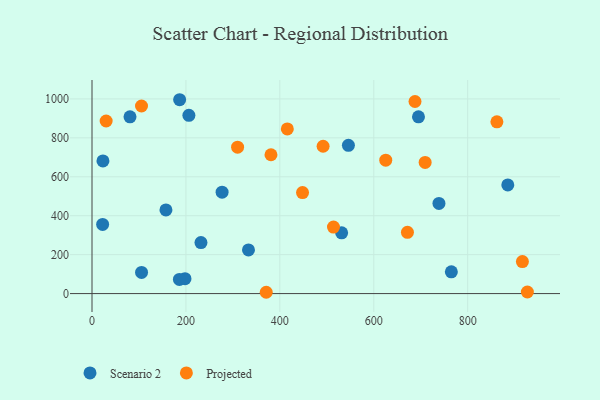
{"axis": {"x": "Distance", "y": "Exam Score"}, "legend": ["Projected", "Scenario 2"], "data": [{"x": "80.9", "y": 907.8, "type": "Scenario 2"}, {"x": "738.8", "y": 463.2, "type": "Scenario 2"}, {"x": "277.0", "y": 521.1, "type": "Scenario 2"}, {"x": "531.6", "y": 311.9, "type": "Scenario 2"}, {"x": "157.4", "y": 429.5, "type": "Scenario 2"}, {"x": "198.0", "y": 76.6, "type": "Scenario 2"}, {"x": "206.3", "y": 915.9, "type": "Scenario 2"}, {"x": "885.4", "y": 558.0, "type": "Scenario 2"}, {"x": "232.0", "y": 261.8, "type": "Scenario 2"}, {"x": "186.6", "y": 995.8, "type": "Scenario 2"}, {"x": "546.0", "y": 761.5, "type": "Scenario 2"}, {"x": "23.3", "y": 681.2, "type": "Scenario 2"}, {"x": "333.2", "y": 224.2, "type": "Scenario 2"}, {"x": "105.5", "y": 108.6, "type": "Scenario 2"}, {"x": "186.1", "y": 72.6, "type": "Scenario 2"}, {"x": "765.2", "y": 111.5, "type": "Scenario 2"}, {"x": "695.2", "y": 908.1, "type": "Scenario 2"}, {"x": "22.6", "y": 355.0, "type": "Scenario 2"}, {"x": "709.4", "y": 673.6, "type": "Projected"}, {"x": "671.7", "y": 314.4, "type": "Projected"}, {"x": "448.3", "y": 519.0, "type": "Projected"}, {"x": "625.5", "y": 685.4, "type": "Projected"}, {"x": "105.4", "y": 963.5, "type": "Projected"}, {"x": "310.0", "y": 752.1, "type": "Projected"}, {"x": "381.1", "y": 713.2, "type": "Projected"}, {"x": "862.2", "y": 882.1, "type": "Projected"}, {"x": "371.0", "y": 6.7, "type": "Projected"}, {"x": "916.5", "y": 164.4, "type": "Projected"}, {"x": "415.9", "y": 845.8, "type": "Projected"}, {"x": "30.1", "y": 886.6, "type": "Projected"}, {"x": "514.2", "y": 341.4, "type": "Projected"}, {"x": "492.1", "y": 756.9, "type": "Projected"}, {"x": "927.1", "y": 8.2, "type": "Projected"}, {"x": "687.8", "y": 986.6, "type": "Projected"}]}